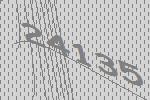
24135